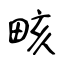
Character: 畡